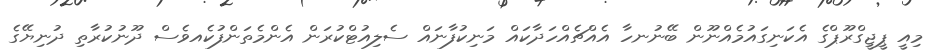
މިއީ ޕީޖީގްރޫޕްގެ އެކަނިގައުމެއްނޫން ބޭނުނހާ އެއްޗެއްހަދާކައް މަނިކުފާނައް ސެލިއުޓްކުރަން އެންމެތަންފުކެއވެސް ދޫނުކުރާތި ދުނިޔޭގެ